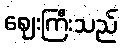
ဈေးကြီးသည်